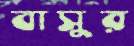
বাসুর